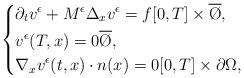
LaTeX: \begin{align*}\left\{\begin{aligned}& \partial_{t}v^\epsilon + M^\epsilon \Delta_x v^\epsilon = f [0,T]\times\overline{\O},\\& v^\epsilon(T,x)=0 \overline{\O},\\& \nabla_x v^\epsilon(t,x)\cdot n(x) = 0 [0,T]\times\partial\Omega,\end{aligned}\right.\end{align*}